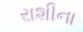
રાશીના